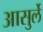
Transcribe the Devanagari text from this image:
आसुर्ले